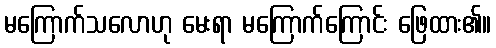
မကြောက်သလောဟု မေးရာ မကြောက်ကြောင်း ဖြေထား၏။